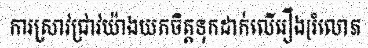
ការស្រាវជ្រាវយ៉ាងយកចិត្តទុកដាក់លើរឿង[រំលោភ